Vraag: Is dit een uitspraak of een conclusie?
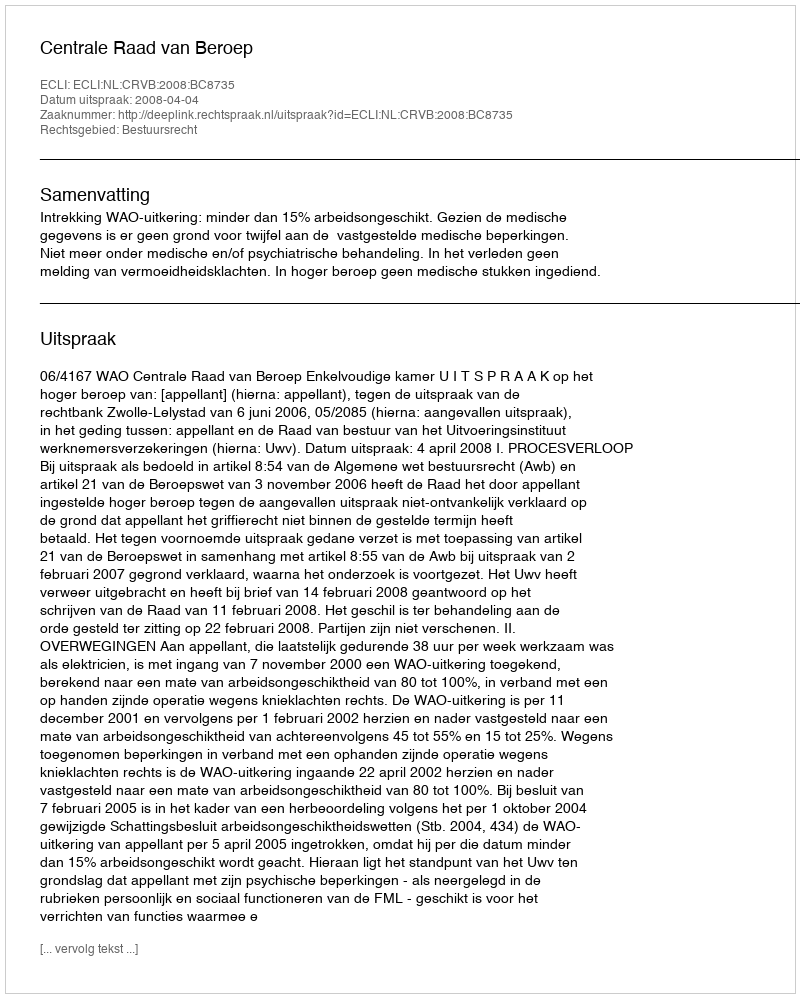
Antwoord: Uitspraak